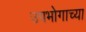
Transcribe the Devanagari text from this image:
उपभोगाच्या